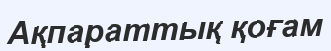
Ақпараттық қоғам